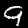
Digit: 9